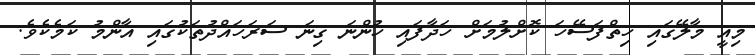
މިއީ މާލޭގައި ހިތްފަސޭހަ ކޮށްލުމަށް ހަދާފައި ހުންނަ ގިނަ ސަރަހައްދުތަކުގައި އާންމު ކަމެކެވެ.